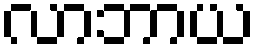
လာဘာယ